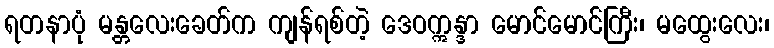
ရတနာပုံ မန္တလေးခေတ်က ကျန်ရစ်တဲ့ ဒေဝဣန္ဒာ မောင်မောင်ကြီး၊ မထွေးလေး၊